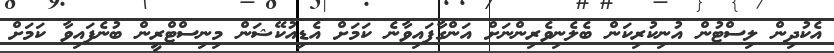
އެކުދިން ލިސްޓުން އުނިކުރިކަން ބެލެނިވެރިންނަށް އަންގާފައިވާނެ ކަމަށް އެޑިއުކޭޝަން މިނިސްޓްރީން ބުނެފައިވާ ކަމަށް